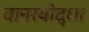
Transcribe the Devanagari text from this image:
वानरयोद्धा